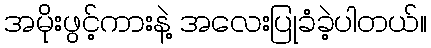
အမိုးဖွင့်ကားနဲ့ အလေးပြုခံခဲ့ပါတယ်။